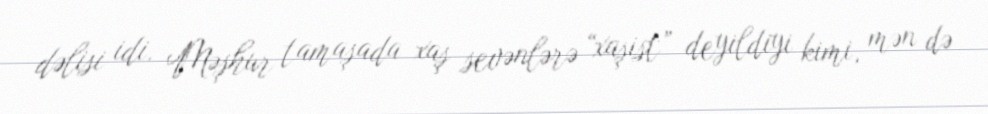
dəlisi idi. Məşhur tamaşada xaş sevənlərə “xaşist” deyildiyi kimi, mən də